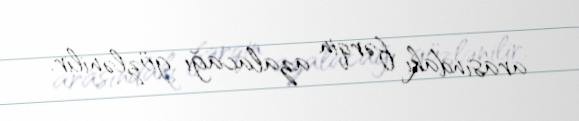
arasındakı fərqin azalacağı gözlənilir.